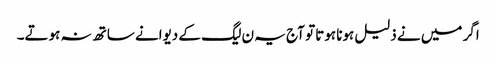
اگر میں نے ذلیل ہونا ہوتا تو آج یہ ن لیگ کے دیوانے ساتھ نہ ہوتے۔